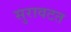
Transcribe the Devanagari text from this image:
सुरावटत